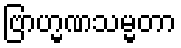
ဗြာဟ္မဏသမ္မတာ